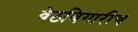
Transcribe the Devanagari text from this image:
वेठबिगारीच